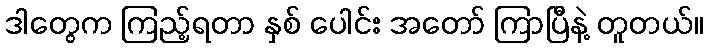
ဒါတွေက ကြည့်ရတာ နှစ် ပေါင်း အတော် ကြာပြီနဲ့ တူတယ်။